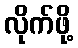
လိုက်ဖို့